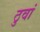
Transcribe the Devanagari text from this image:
ठुवां